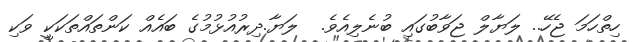
ހިތްހަމަ ޖެހޭ.. ލަޔާލް ޖަވާބުގައި ބުނެލިއެވެ.  ލަޔާ.ދިރުއުޅުމުގެ ބައެއް ކަންތައްތަކަކީ ވަކި